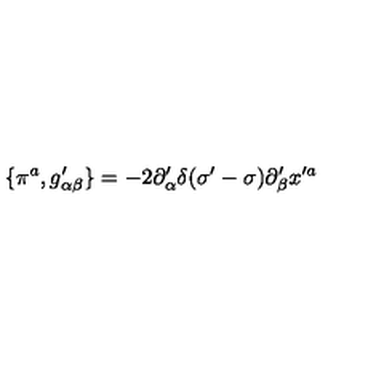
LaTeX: \{ \pi ^ { a } , g _ { \alpha \beta } ^ { \prime } \} = - 2 \partial _ { \alpha } ^ { \prime } \delta ( \sigma ^ { \prime } - \sigma ) \partial _ { \beta } ^ { \prime } x ^ { \prime a }